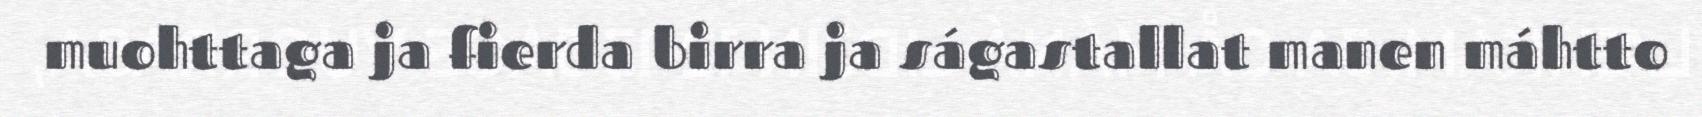
muohttaga ja fierda birra ja ságastallat manen máhtto